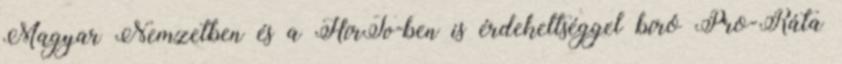
Magyar Nemzetben és a HírTv-ben is érdekeltséggel bíró Pro-Ráta